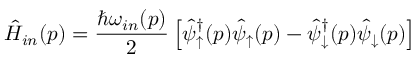
\hat { H } _ { i n } ( p ) = \frac { \hbar \omega _ { i n } ( p ) } { 2 } \left[ \hat { \psi } _ { \uparrow } ^ { \dagger } ( p ) \hat { \psi } _ { \uparrow } ( p ) - \hat { \psi } _ { \downarrow } ^ { \dagger } ( p ) \hat { \psi } _ { \downarrow } ( p ) \right]